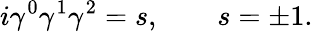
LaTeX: i\gamma^{0}\gamma^{1}\gamma^{2}=s,\qquad s=\pm 1.